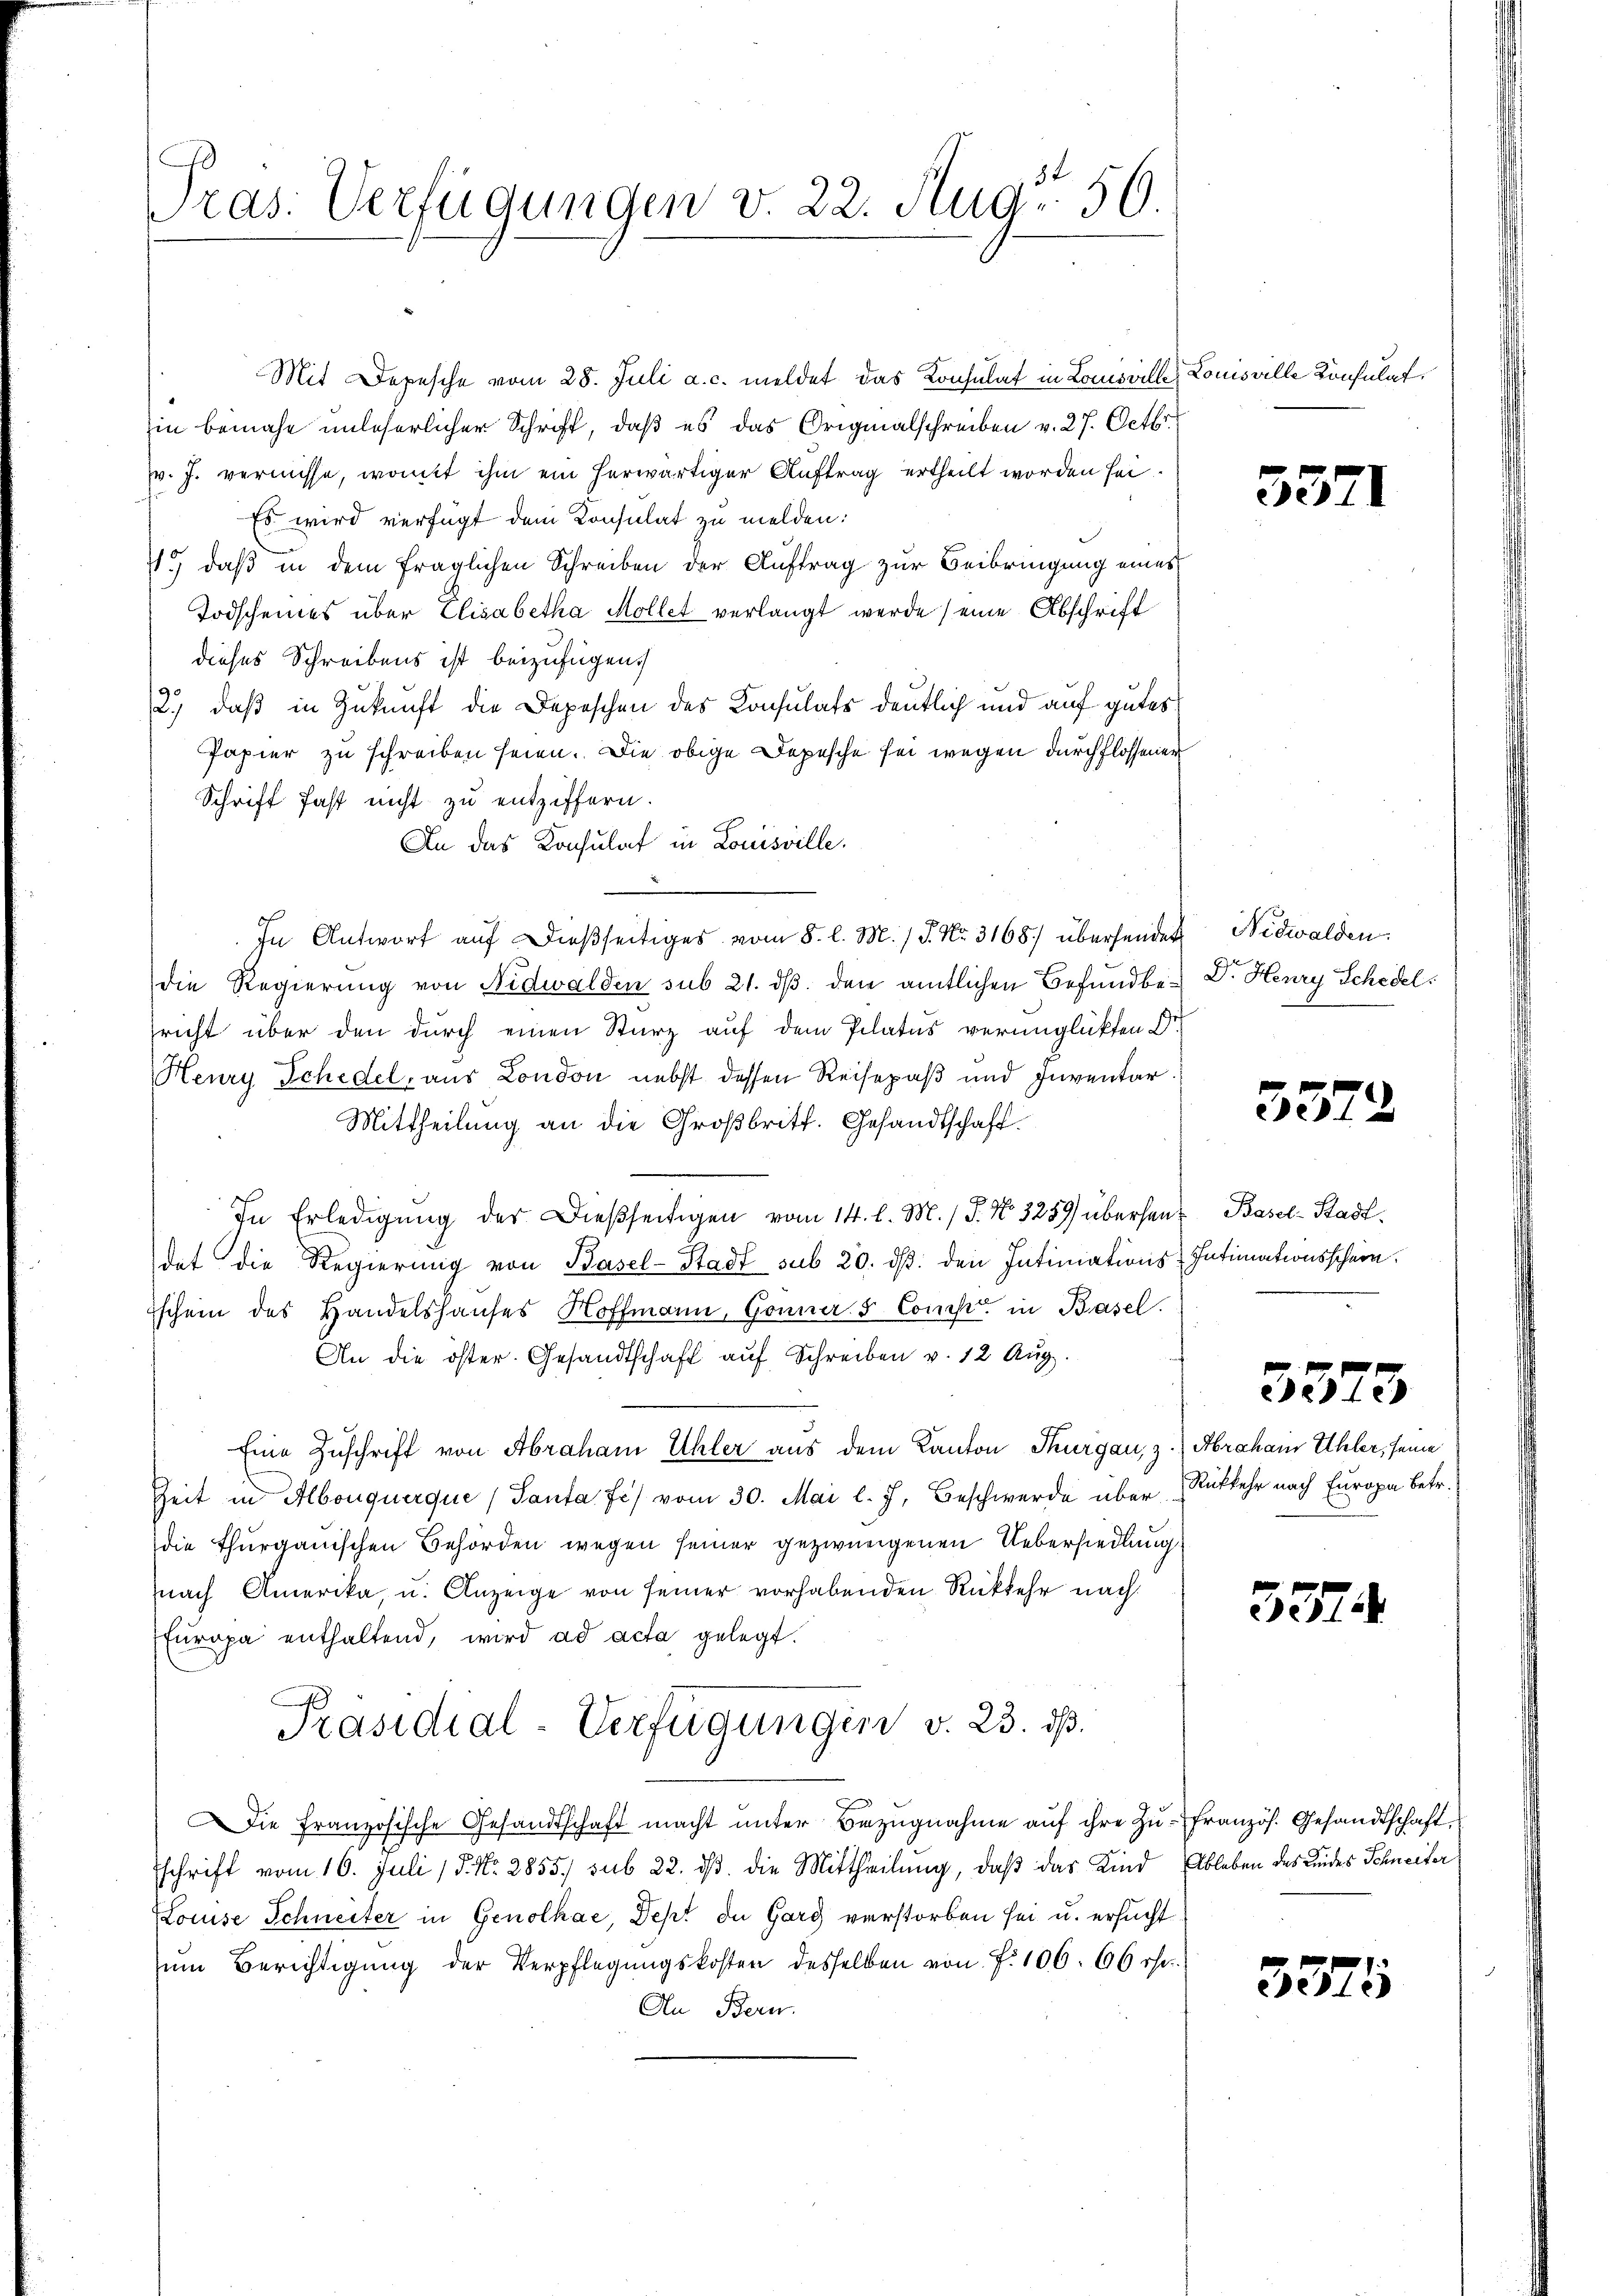
ras. Verfügungen v. 22. Aug. 56.

Mit Depesche vom 28. Juli a. c. meldet das Konsulat in Louisville Louisville Konsulat
in benahe unleserlicher Schrift, daß es das Originalschreiben v. 27. Octbr.
v. J. vernisse, womit ihm ein herwärtiger Auftrag ertheilt worden sei.
Es wird verfügt dem Konsulat zu melden:
1.) daß in dem fraglichen Schreiben der Auftrag zur Beibringung eines
Todscheines über Elisabetha Möllet verlangt werde eine Abschrift
dieses Schreibens ist beizufügen.
2.) daß in Zukunft die Depeschen des Konsulats deutlich und auf gutes
Papier zu schreiben seien. Die obige Depesche sei wegen durchflossener
Schrift fast nicht zu entziffern.
An das Konsulat in Louisville.
In Antwort auf dießseitiges vom 8. l. M. / 5. No. 3168) übersendet
die Regierung von Nidwalden sub 21. dβ den amtlichen Befundbe- Dr. Henry Schedel
sricht über den durch einen Sturz auf dem Pilatus verunglückten Dr.
Heury Schedel, aus London nebst dessen Reisepaß und Inventar.
Mittheilung an die Großbritt. Gesandtschaft.
In Erledigung des Dießseitigen vom 14. l. M. / P. Nr. 3259 übersant Basel-Stadl
det die Regierung von Basel-Stadt sub 20. dβ. den Intimations-Intimationsschein.
Eschein des Handelshauses Hoffmann, Gönne & Comp. in Basel.
An die öster. Gesandtschaft auf Schreiben v. 12 Aug.
Eine Zuschrift von Abrahami Ehler aus dem Kanton Thurgau, z. Abraham Uhler, seine
Zeit in Albonquerque (Santa fi vom 30. Mai l. J. Beschwerde über Rückkehr nach Europa betr.
die Thurgauischen Behörden wegen seiner gezwungenen Uebersiedlung
nach Amerika, u. Anzeige von seiner vorhabenden Rückkehr nach
Europa enthaltend, wird ad acta gelegt.
Präsidial-Verfügungen v. 23. dß.
Die Französische Gesandtschaft macht unter Bezugnahme auf ihre Zu-Französ. Gesandtschaft,
schrift vom 16. Juli 18. No. 2855. sub 22. ds. die Mittheilung, daß das Kind Ableben des Kindes Schneiter
Louise Schneiter in Genolhae, Dept de Garg verstorben sei u. ersucht
ŭm Berichtigung der Verpflegŭngskosten desselben von f. 106. 66 rht.
An Bern.

55.

Nidwalden.

3372

3373

327.

3375